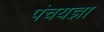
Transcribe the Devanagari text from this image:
पंचयज्ञा